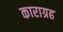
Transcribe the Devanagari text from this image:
काराग्रह